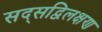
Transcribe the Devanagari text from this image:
सद्सद्विलक्षण